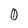
Character: 0